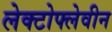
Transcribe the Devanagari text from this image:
लेक्टोफ्लेवीन